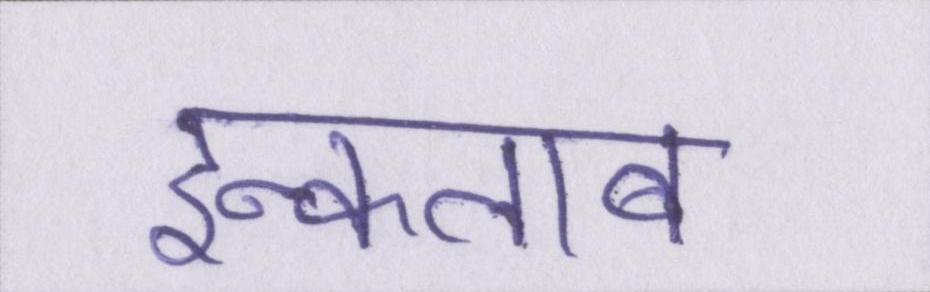
इन्कलाब